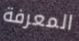
المعرفة